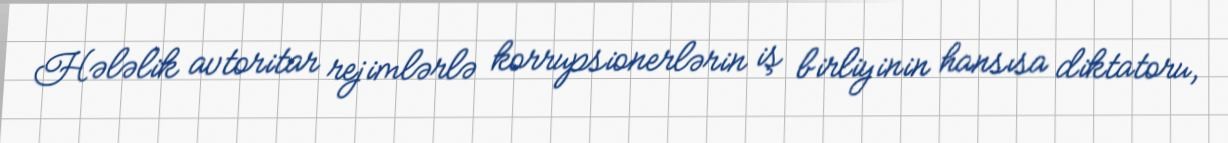
Hələlik avtoritar rejimlərlə korrupsionerlərin iş birliyinin hansısa diktatoru,